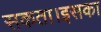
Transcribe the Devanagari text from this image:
सकता।इसका